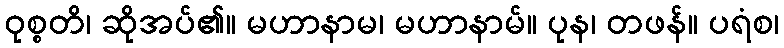
ဝုစ္စတိ၊ ဆိုအပ်၏။ မဟာနာမ၊ မဟာနာမ်။ ပုန၊ တဖန်။ ပရံစ၊